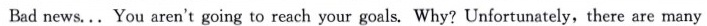
Bad news. ..You aren't going to reach your goals. Why? Unfortunately,there are many